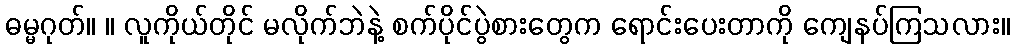
ဓမ္မဂုတ်။ ။ လူကိုယ်တိုင် မလိုက်ဘဲနဲ့ စက်ပိုင်ပွဲစားတွေက ရောင်းပေးတာကို ကျေနပ်ကြသလား။